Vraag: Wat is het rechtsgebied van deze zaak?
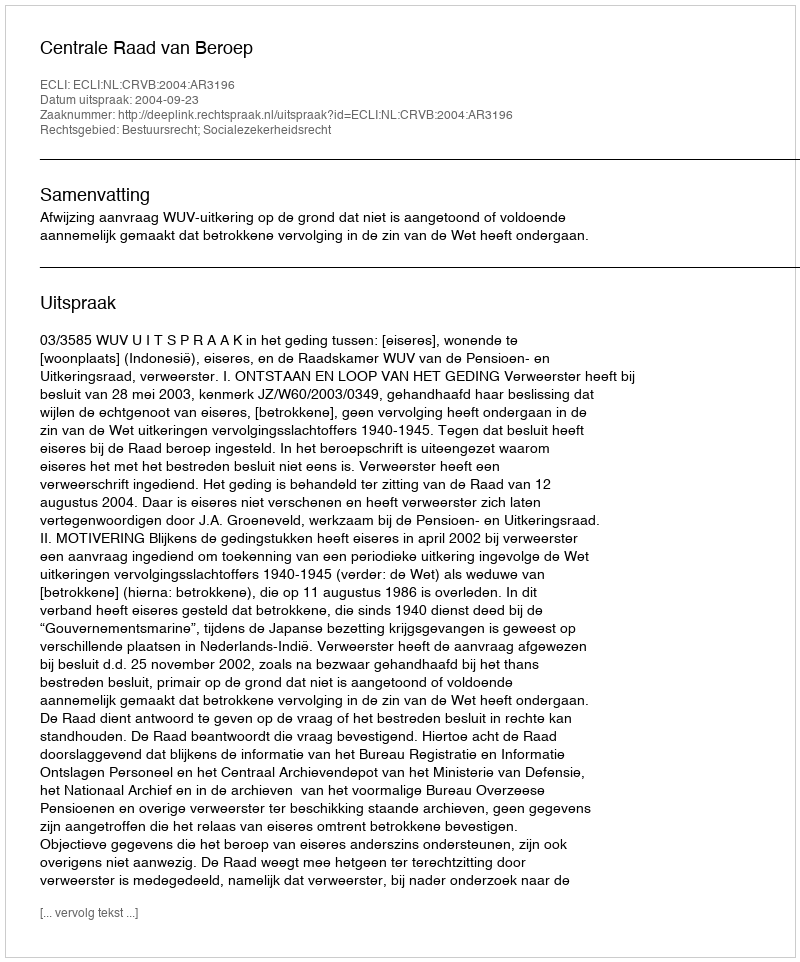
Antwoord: Bestuursrecht; Socialezekerheidsrecht